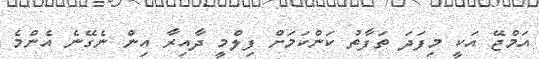
އަމްޖޭ އަކީ މިފަދަ ތަފާތު ކަންކަމަށް ފިލްމީ ދާއިރާ އިން ނެގޭނެ އެންމެ